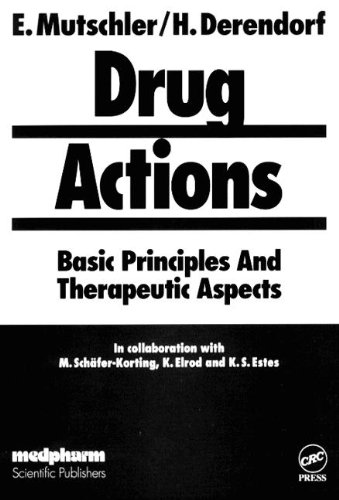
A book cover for Drug Actions; Basic Principles and Therapeutic Aspects; Ernst Mutschler; Medical Books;